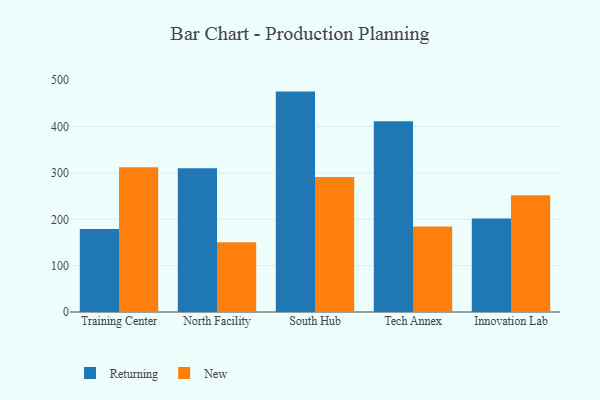
{"axis": {"x": "Campus", "y": "Active Users"}, "legend": ["New", "Returning"], "data": [{"x": "Training Center", "y": 179.0, "type": "Returning"}, {"x": "Training Center", "y": 312.6, "type": "New"}, {"x": "North Facility", "y": 310.3, "type": "Returning"}, {"x": "North Facility", "y": 150.7, "type": "New"}, {"x": "South Hub", "y": 475.6, "type": "Returning"}, {"x": "South Hub", "y": 291.3, "type": "New"}, {"x": "Tech Annex", "y": 411.7, "type": "Returning"}, {"x": "Tech Annex", "y": 184.6, "type": "New"}, {"x": "Innovation Lab", "y": 202.0, "type": "Returning"}, {"x": "Innovation Lab", "y": 252.2, "type": "New"}]}